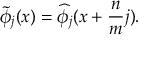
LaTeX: \widetilde { \phi } _ { j } ( x ) = \widehat { \phi } _ { j } ( x + \frac { n } { m } j ) .